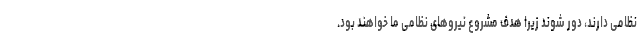
نظامی دارند، دور شوند زیرا هدف مشروع نیروهای نظامی ما خواهند بود.